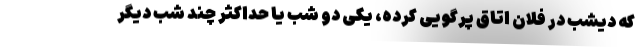
که دیشب در فلان اتاق پرگویی کرده، یکی دو شب یا حداکثر چند شب دیگر